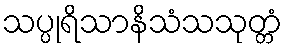
သပ္ပုရိသာနိသံသသုတ္တံ